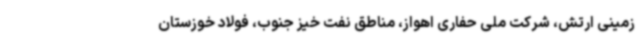
زمینی ارتش، شرکت ملی حفاری اهواز، مناطق نفت خیز جنوب، فولاد خوزستان